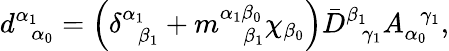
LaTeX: d_{\; \; \alpha_{0}}^{\alpha_{1}}=\left(\delta_{\; \; \beta_{1}}^{\alpha_{1}}+m_{\; \; \; \beta_{1}}^{\alpha_{1}\beta_{0}}\chi_{\beta_{0}}\right)\bar{D}_{\; \; \gamma_{1}}^{\beta_{1}}A_{\alpha_{0}}^{\; \; \gamma_{1}},